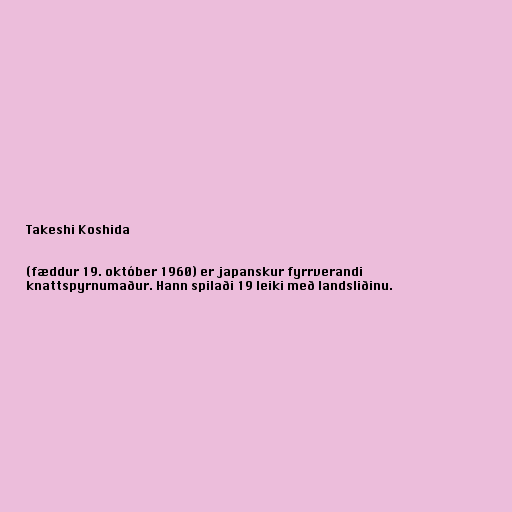
Takeshi Koshida

(fæddur 19. október 1960) er japanskur fyrrverandi
knattspyrnumaður. Hann spilaði 19 leiki með landsliðinu.